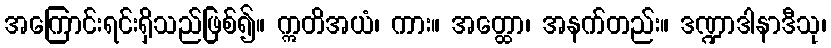
အကြောင်းရင်းရှိသည်ဖြစ်၍။ ဣတိအယံ၊ ကား။ အတ္ထော၊ အနက်တည်း။ ဒဏ္ဍာဒါနာဒီသု၊